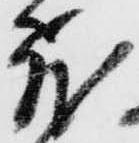
飛